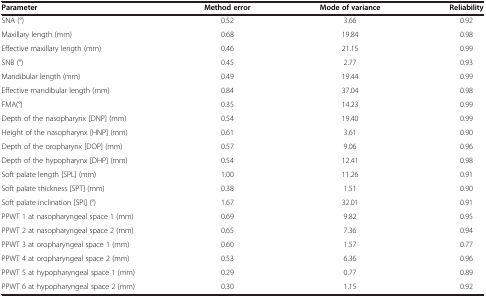
<table><thead><tr><td><b>Parameter</b></td><td><b>Method error</b></td><td><b>Mode of variance</b></td><td><b>Reliability</b></td></tr></thead><tbody><tr><td>SNA (°)</td><td>0.52</td><td>3.66</td><td>0.92</td></tr><tr><td>Maxillary length (mm)</td><td>0.68</td><td>19.84</td><td>0.98</td></tr><tr><td>Effective maxillary length (mm)</td><td>0.46</td><td>21.15</td><td>0.99</td></tr><tr><td>SNB (°)</td><td>0.45</td><td>2.77</td><td>0.93</td></tr><tr><td>Mandibular length (mm)</td><td>0.49</td><td>19.44</td><td>0.99</td></tr><tr><td>Effective mandibular length (mm)</td><td>0.84</td><td>37.04</td><td>0.98</td></tr><tr><td>FMA(°)</td><td>0.35</td><td>14.23</td><td>0.99</td></tr><tr><td>Depth of the nasopharynx [DNP] (mm)</td><td>0.54</td><td>19.40</td><td>0.99</td></tr><tr><td>Height of the nasopharynx [HNP] (mm)</td><td>0.61</td><td>3.61</td><td>0.90</td></tr><tr><td>Depth of the oropharynx [DOP] (mm)</td><td>0.57</td><td>9.06</td><td>0.96</td></tr><tr><td>Depth of the hypopharynx [DHP] (mm)</td><td>0.54</td><td>12.41</td><td>0.98</td></tr><tr><td>Soft palate length [SPL] (mm)</td><td>1.00</td><td>11.26</td><td>0.91</td></tr><tr><td>Soft palate thickness [SPT] (mm)</td><td>0.38</td><td>1.51</td><td>0.90</td></tr><tr><td>Soft palate inclination [SPI] (°)</td><td>1.67</td><td>32.01</td><td>0.91</td></tr><tr><td>PPWT 1 at nasopharyngeal space 1 (mm)</td><td>0.69</td><td>9.82</td><td>0.95</td></tr><tr><td>PPWT 2 at nasopharyngeal space 2 (mm)</td><td>0.65</td><td>7.36</td><td>0.94</td></tr><tr><td>PPWT 3 at oropharyngeal space 1 (mm)</td><td>0.60</td><td>1.57</td><td>0.77</td></tr><tr><td>PPWT 4 at oropharyngeal space 2 (mm)</td><td>0.53</td><td>6.36</td><td>0.96</td></tr><tr><td>PPWT 5 at hypopharyngeal space 1 (mm)</td><td>0.29</td><td>0.77</td><td>0.89</td></tr><tr><td>PPWT 6 at hypopharyngeal space 2 (mm)</td><td>0.30</td><td>1.15</td><td>0.92</td></tr></tbody></table>